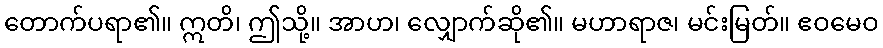
တောက်ပရာ၏။ ဣတိ၊ ဤသို့။ အာဟ၊ လျှောက်ဆို၏။ မဟာရာဇ၊ မင်းမြတ်။ ဧဝမေဝ